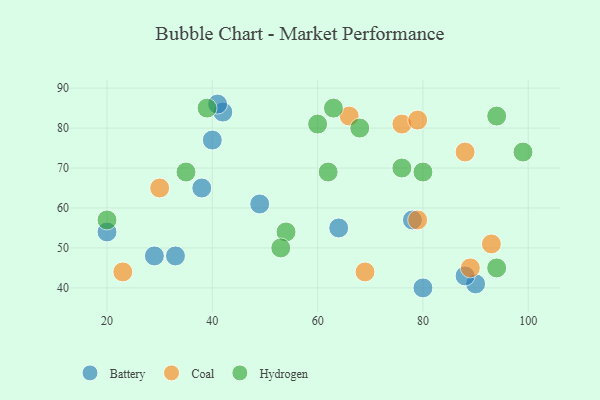
{"axis": {"x": "GDP", "y": "Life Expectancy"}, "legend": ["Battery", "Coal", "Hydrogen"], "data": [{"x": "40", "y": 77, "type": "Battery"}, {"x": "49", "y": 61, "type": "Battery"}, {"x": "29", "y": 48, "type": "Battery"}, {"x": "42", "y": 84, "type": "Battery"}, {"x": "41", "y": 86, "type": "Battery"}, {"x": "33", "y": 48, "type": "Battery"}, {"x": "38", "y": 65, "type": "Battery"}, {"x": "78", "y": 57, "type": "Battery"}, {"x": "20", "y": 54, "type": "Battery"}, {"x": "90", "y": 41, "type": "Battery"}, {"x": "88", "y": 43, "type": "Battery"}, {"x": "64", "y": 55, "type": "Battery"}, {"x": "80", "y": 40, "type": "Battery"}, {"x": "76", "y": 81, "type": "Coal"}, {"x": "66", "y": 83, "type": "Coal"}, {"x": "23", "y": 44, "type": "Coal"}, {"x": "93", "y": 51, "type": "Coal"}, {"x": "30", "y": 65, "type": "Coal"}, {"x": "69", "y": 44, "type": "Coal"}, {"x": "79", "y": 82, "type": "Coal"}, {"x": "79", "y": 57, "type": "Coal"}, {"x": "88", "y": 74, "type": "Coal"}, {"x": "89", "y": 45, "type": "Coal"}, {"x": "99", "y": 74, "type": "Hydrogen"}, {"x": "39", "y": 85, "type": "Hydrogen"}, {"x": "54", "y": 54, "type": "Hydrogen"}, {"x": "62", "y": 69, "type": "Hydrogen"}, {"x": "80", "y": 69, "type": "Hydrogen"}, {"x": "60", "y": 81, "type": "Hydrogen"}, {"x": "63", "y": 85, "type": "Hydrogen"}, {"x": "53", "y": 50, "type": "Hydrogen"}, {"x": "35", "y": 69, "type": "Hydrogen"}, {"x": "76", "y": 70, "type": "Hydrogen"}, {"x": "68", "y": 80, "type": "Hydrogen"}, {"x": "94", "y": 45, "type": "Hydrogen"}, {"x": "20", "y": 57, "type": "Hydrogen"}, {"x": "94", "y": 83, "type": "Hydrogen"}]}